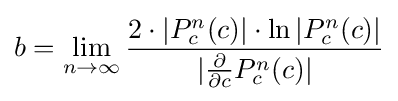
b=\lim _{n\to \infty }{\frac {2\cdot |{P_{c}^{n}(c)|\cdot \ln |{P_{c}^{n}(c)}}|}{|{\frac {\partial }{\partial {c}}}P_{c}^{n}(c)|}}